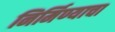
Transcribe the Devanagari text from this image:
निर्मिण्याचा